65_HS1-834228961_62-HQ-83894_Section_2
Agency: FBI
Page 145
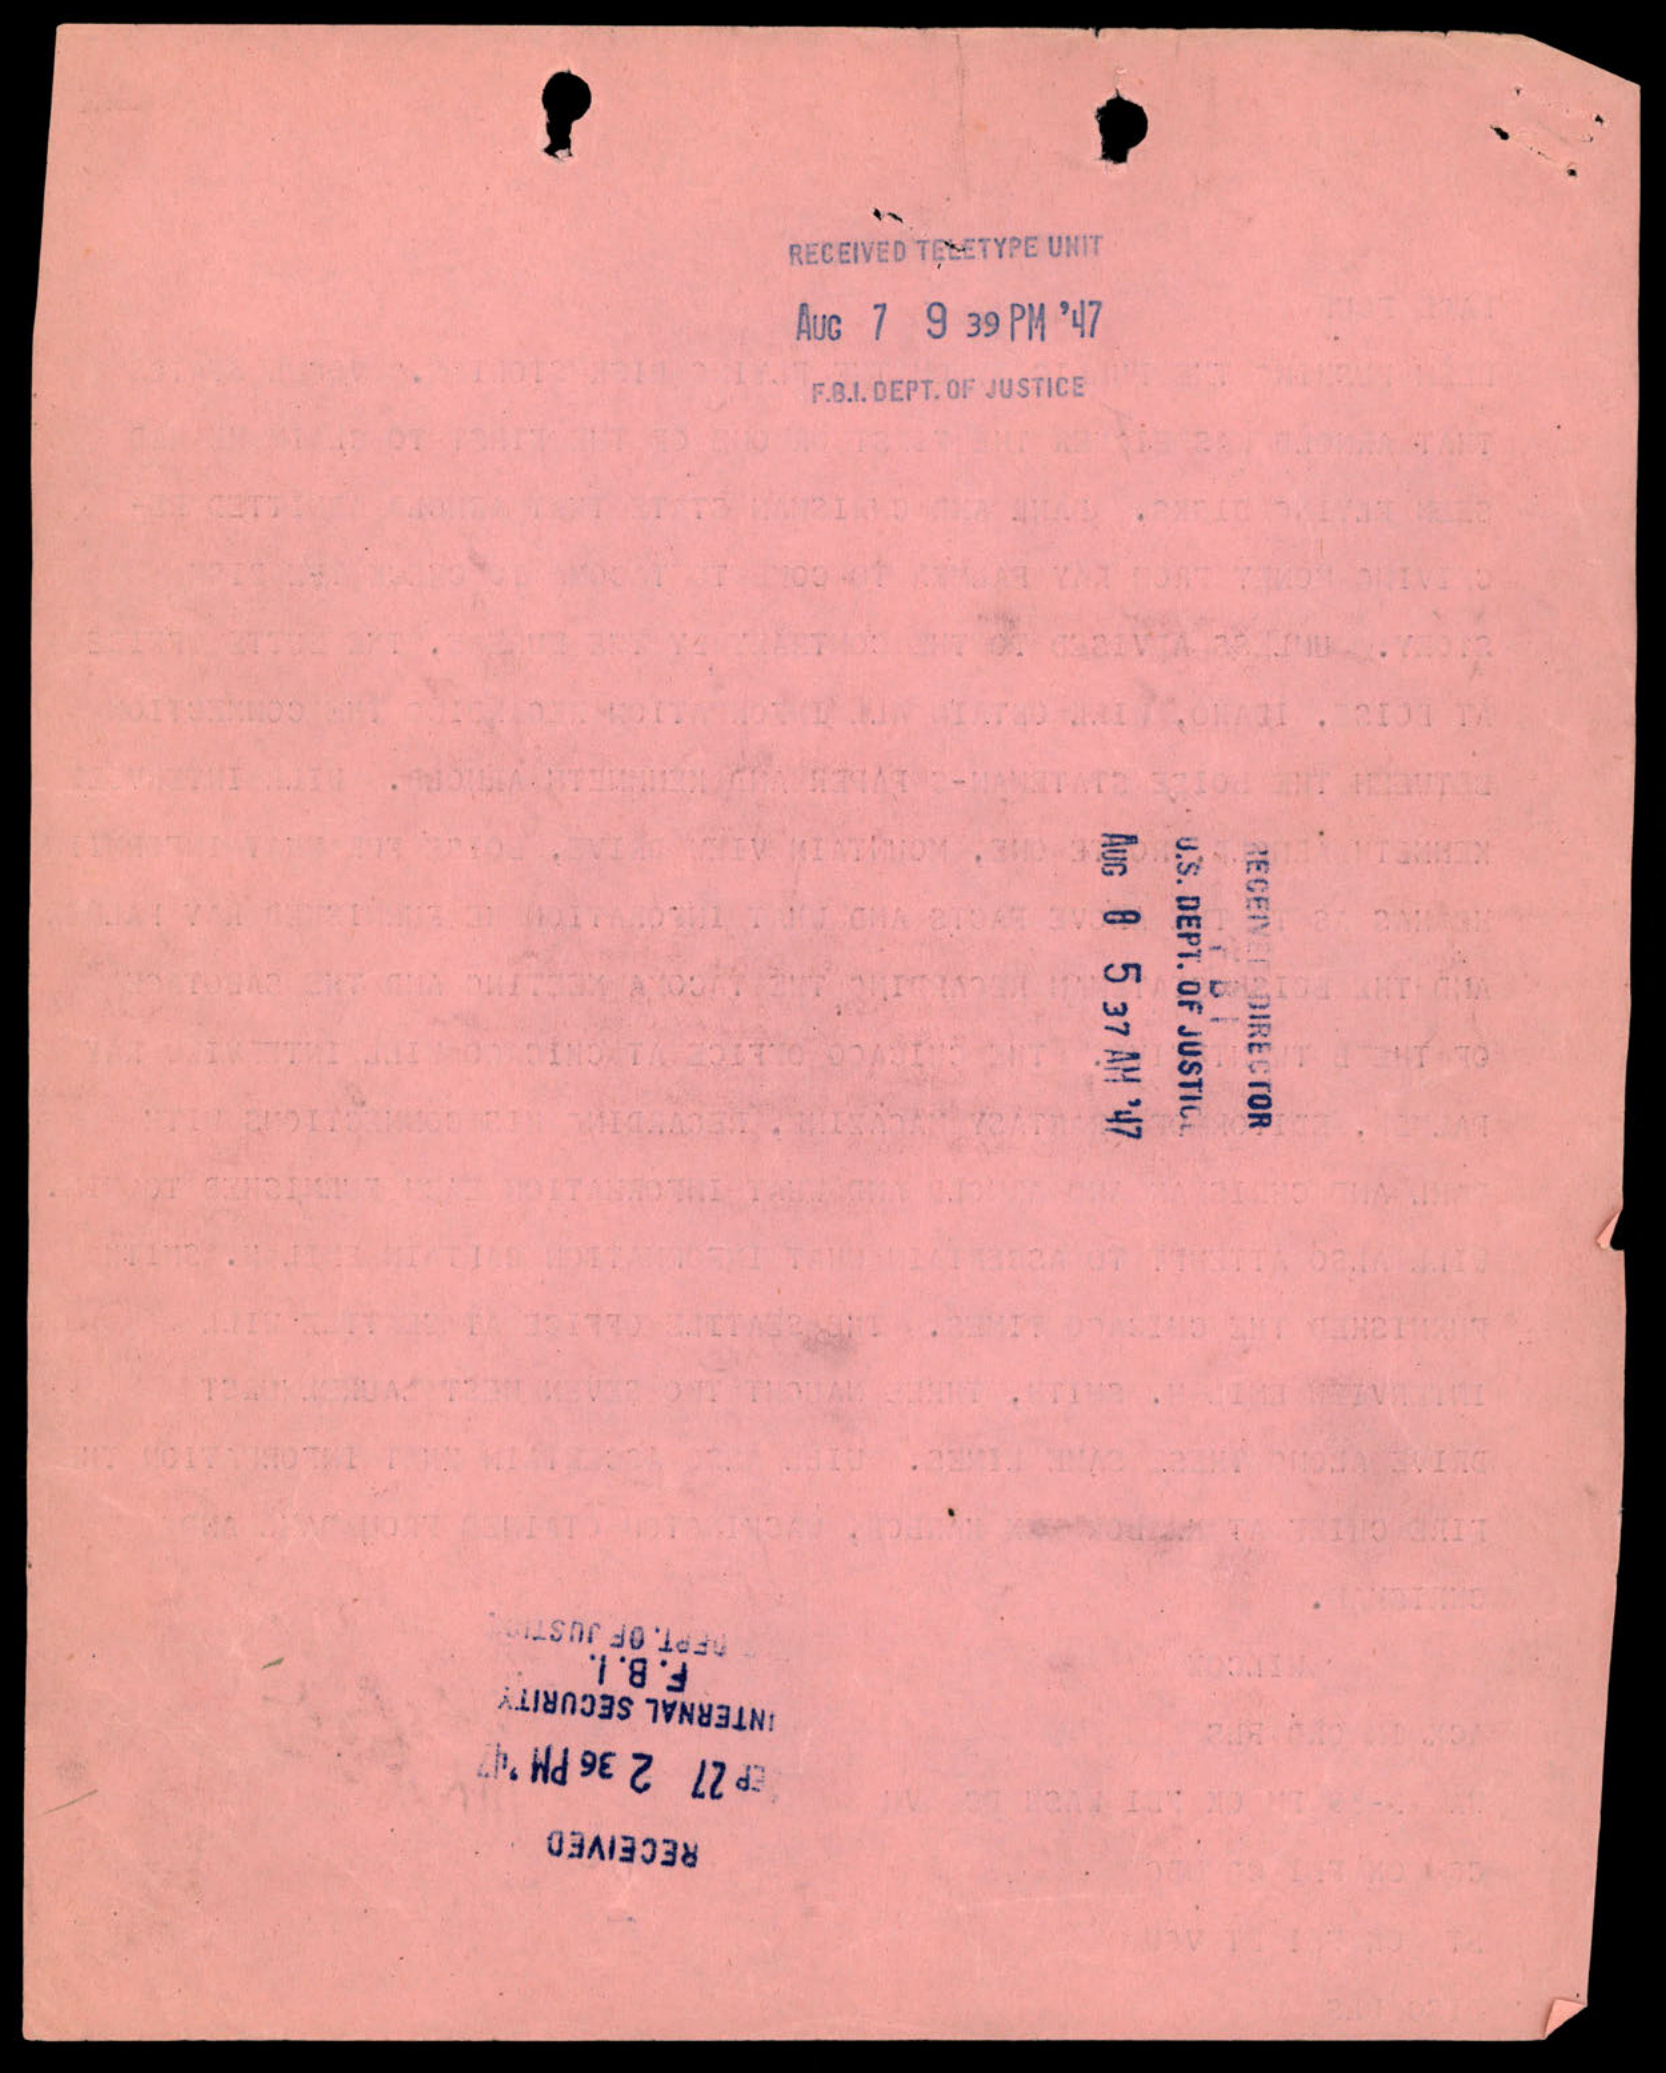